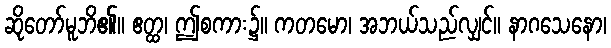
ဆိုတော်မူဘိ၏။ ဧတ္ထ၊ ဤစကား၌။ ကတမော၊ အဘယ်သည်လျှင်။ နာဂသေနော၊